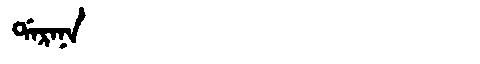
Manchu: ᡩᠠᡵᠠᠨᠠ
Romanization: DARANA